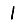
Digit: 1